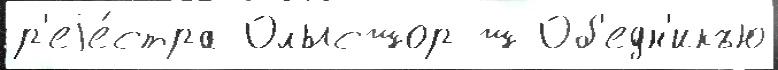
р'еjе́стра Олысшор ш Об'едн'икъю